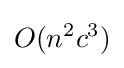
O(n^{2}c^{3})